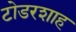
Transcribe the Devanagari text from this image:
टोडरशाह